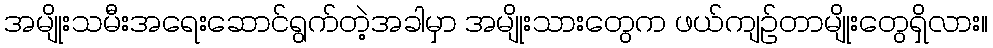
အမျိုးသမီးအရေးဆောင်ရွက်တဲ့အခါမှာ အမျိုးသားတွေက ဖယ်ကျဉ်တာမျိုးတွေရှိလား။